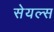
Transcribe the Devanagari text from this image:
सेयल्स